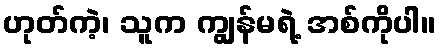
ဟုတ်ကဲ့၊ သူက ကျွန်မရဲ့ အစ်ကိုပါ။